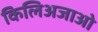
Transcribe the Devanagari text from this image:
किलिअजाओ